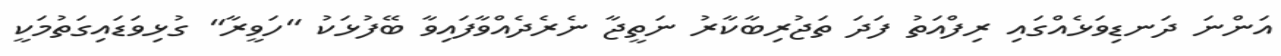
އަންނަ ދަނޑިވަޅެއްގައި ރިފްއަތު ފަދަ ތަޖުރިބާކާރު ނަތީޖާ ނެރެދެއްވާފައިވާ ބޭފުޅަކު "ހަވީރާ" ގުޅިވަޑައިގަތުމަކީ